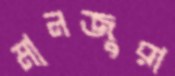
মানজুরা